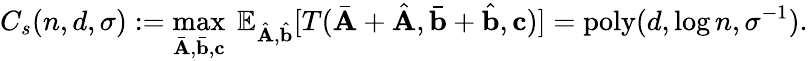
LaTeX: C_{s}(n,d,\sigma):=\operatorname*{max}_{{\bar{\mathbf{A}}},{\bar{\mathbf{b}}},\mathbf{c}}~\mathbb{E}_{{\hat{\mathbf{A}}},{\hat{\mathbf{b}}}}[T({\bar{\mathbf{A}}}+{\hat{\mathbf{A}}},{\bar{\mathbf{b}}}+{\hat{\mathbf{b}}},\mathbf{c})]=\mathrm{{poly}}(d,\log n,\sigma^{-1}).